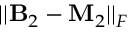
| | \mathbf { B } _ { 2 } - \mathbf { M } _ { 2 } | | _ { F }